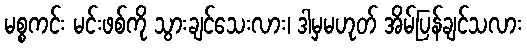
မစ္စကင်း မင်းဖစ်ကို သွားချင်သေးလား၊ ဒါမှမဟုတ် အိမ်ပြန်ချင်သလား